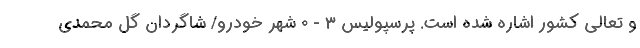
و تعالی کشور اشاره شده است. پرسپولیس 3 - 0 شهر خودرو/ شاگردان گل محمدی